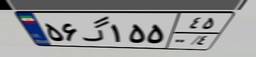
۵۶گ۱۵۵۴۵